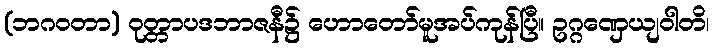
(ဘဂဝတာ) ဝုတ္တာပဒဘာဇနီ၌ ဟောတော်မူအပ်ကုန်ပြီ။ ဥဂ္ဂဏှေယျဝါတိ၊